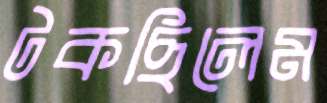
টকছিলেম